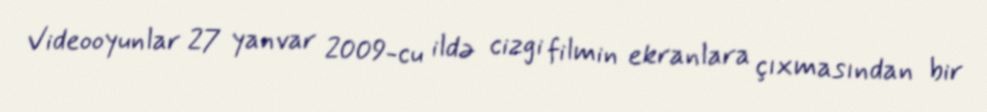
Videooyunlar 27 yanvar 2009-cu ildə cizgi filmin ekranlara çıxmasından bir